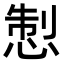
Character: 𢛁